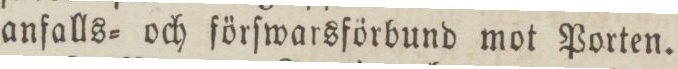
anfalls= och förſwarsförbund mot Porten.